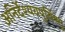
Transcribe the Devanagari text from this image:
अनिर्देश्यवपुर्विष्णु